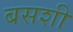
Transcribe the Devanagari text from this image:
बसशी